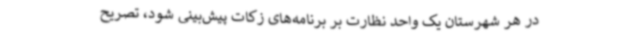
در هر شهرستان یک واحد نظارت بر برنامه‌های زکات پیش‌بینی شود، تصریح